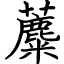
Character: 蘪